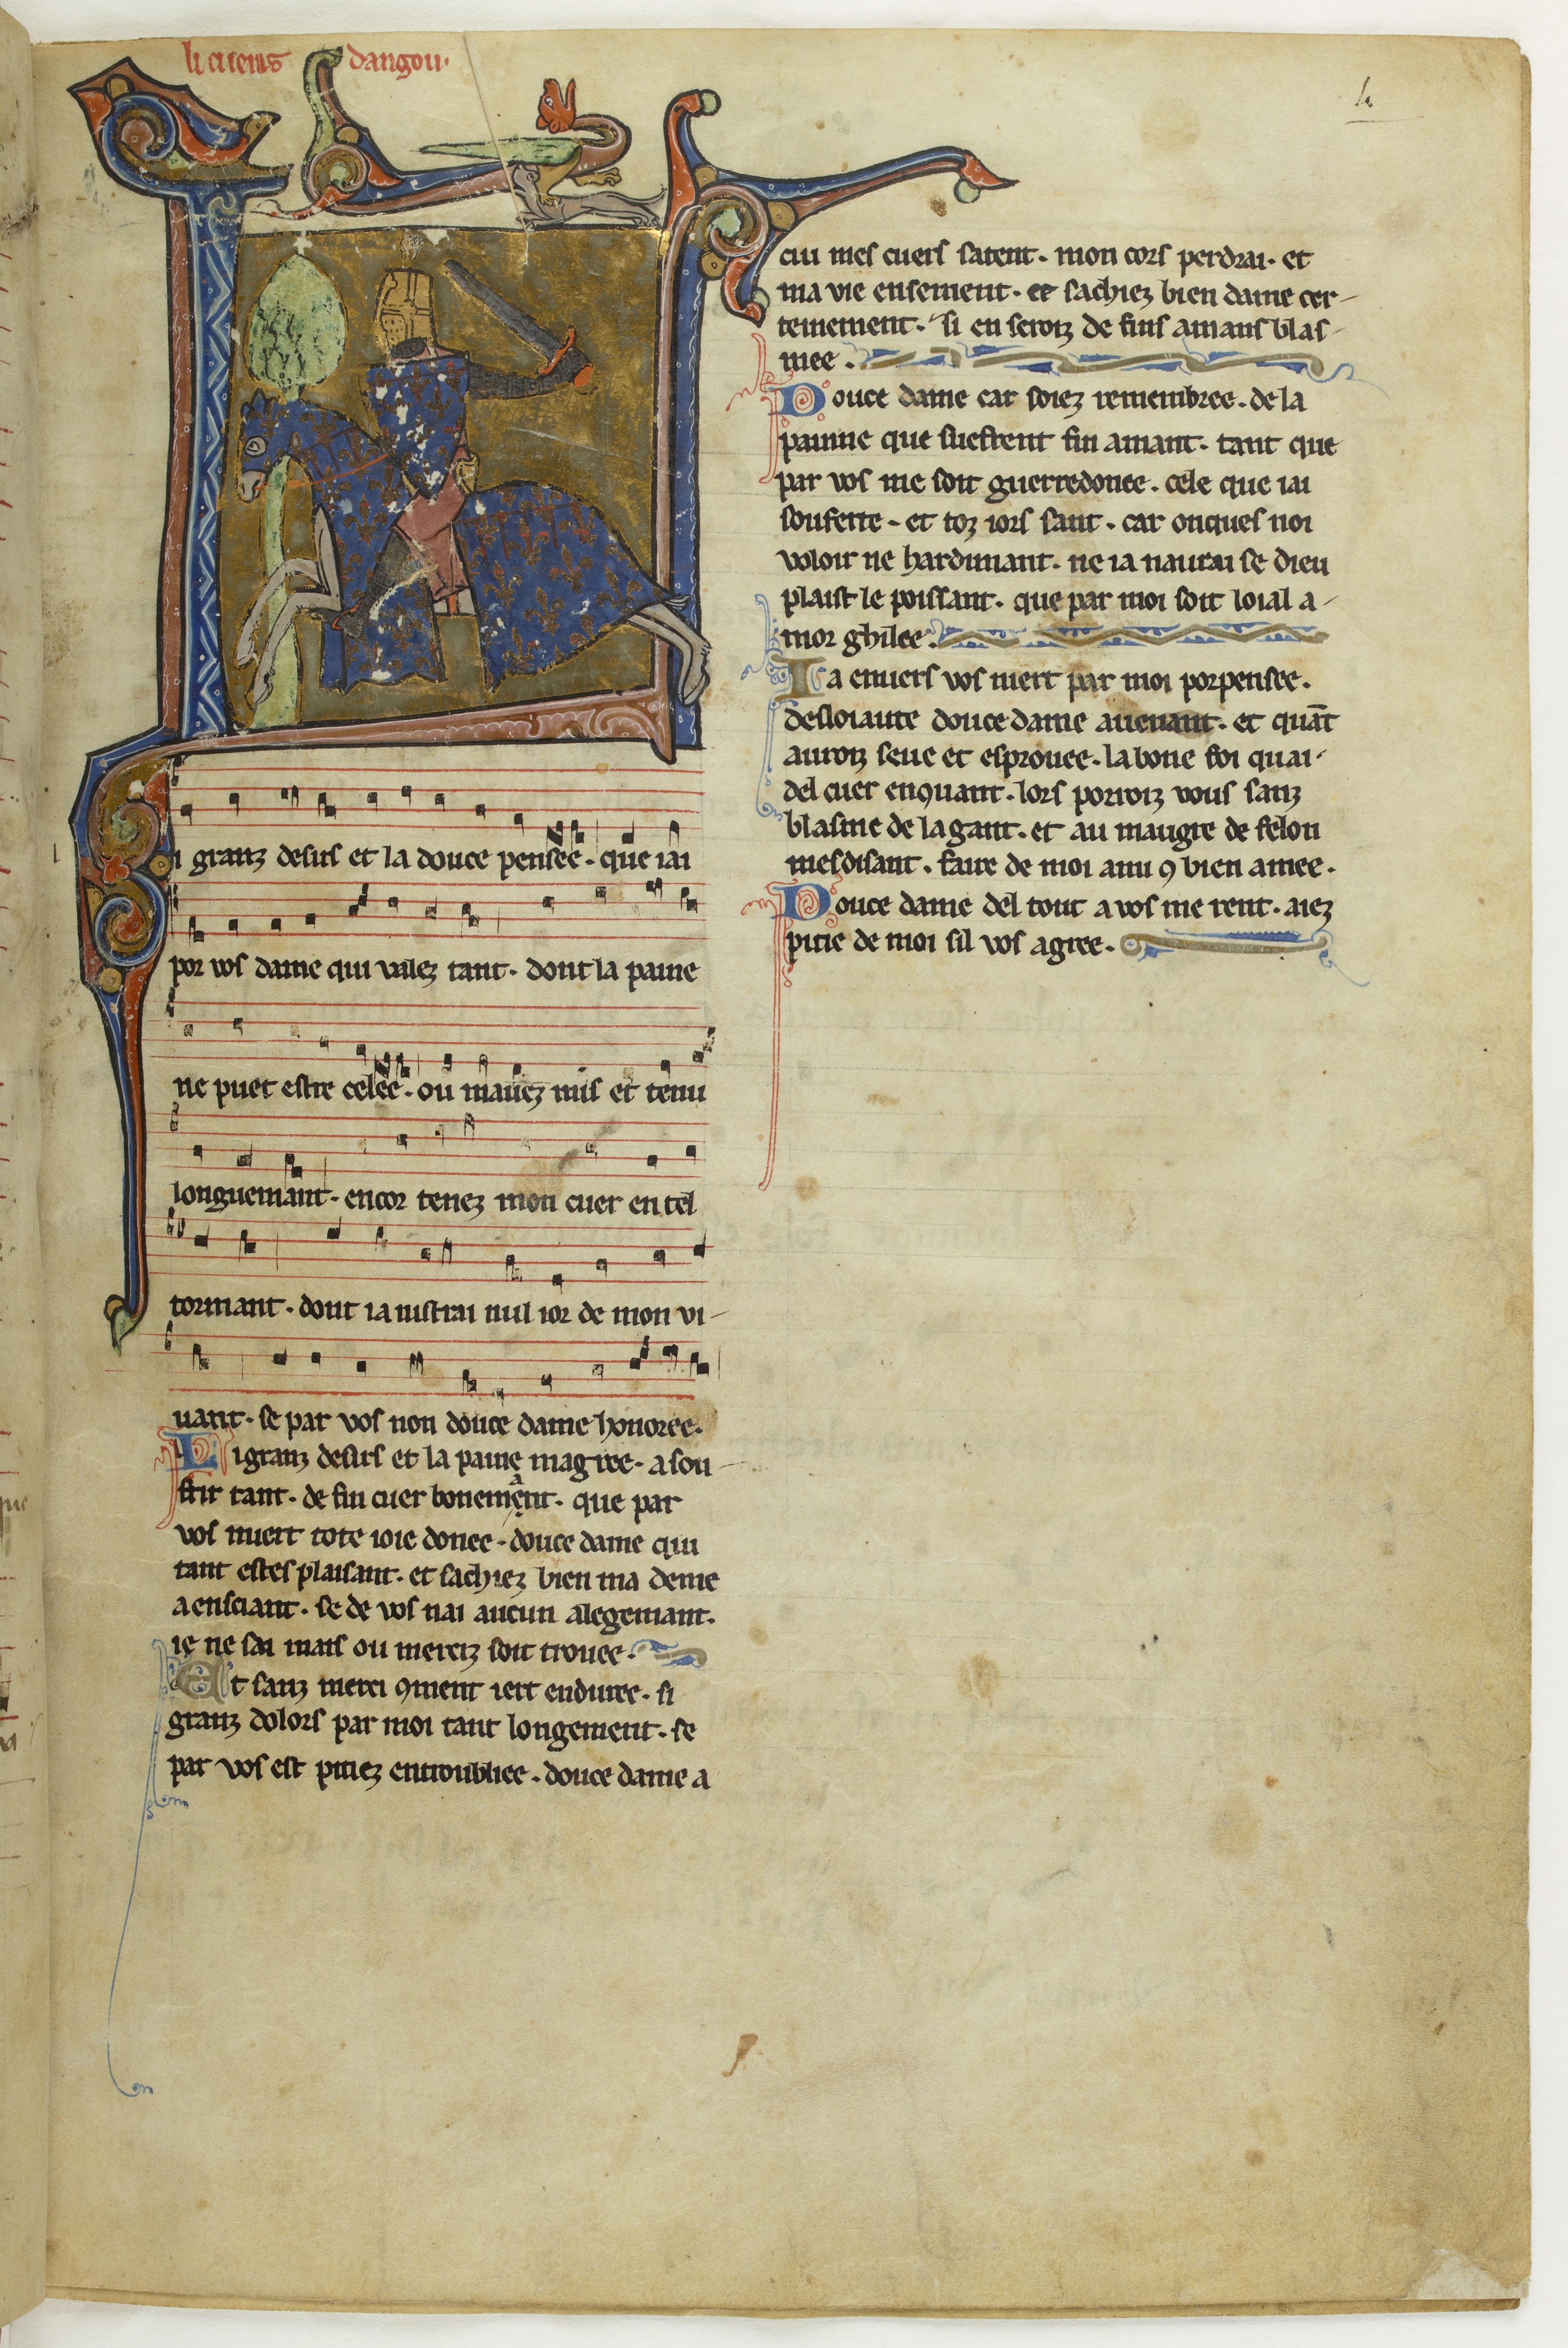
Shelfmark: Paris, BnF, fr. 844
Century: 13